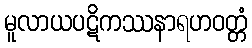
မူလာယပဋိကဿနာရဟဝတ္တံ